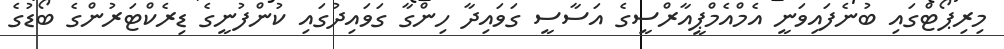
މިރިޕޯޓްގައި ބުނެފައިވަނީ އެމްއެމްޕީއާރްސީގެ އަސާސީ ގަވައިދާ ހިންގާ ގަވައިދުގައި ކުންފުނީގެ ޑިރެކްޓަރުންގެ ބޯޑުގެ